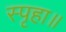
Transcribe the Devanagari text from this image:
स्पृहा॥